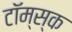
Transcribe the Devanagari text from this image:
टॉम्स्क